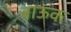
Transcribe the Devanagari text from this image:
बाऊक